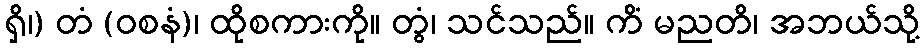
ရှိ၊) တံ (ဝစနံ)၊ ထိုစကားကို။ တွံ၊ သင်သည်။ ကိံ မညတိ၊ အဘယ်သို့